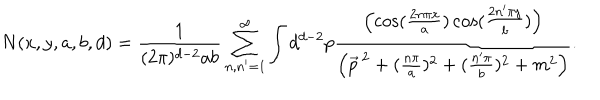
N ( x , y , a , b , d ) = \frac { 1 } { ( 2 \pi ) ^ { d - 2 } a b } \sum _ { n , n ^ { \prime } = 1 } ^ { \infty } \int d ^ { d - 2 } p \frac { \left( \cos ( \frac { 2 n \pi x } { a } ) \cos ( \frac { 2 n ^ { \prime } \pi y } { b } ) \right) } { \left( \vec { p } ^ { \, 2 } + ( \frac { n \pi } { a } ) ^ { 2 } + ( \frac { n ^ { \prime } \pi } { b } ) ^ { 2 } + m ^ { 2 } \right) } .